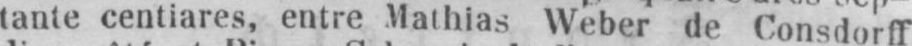
tante centiares, entre Mathias Weber de Consdorff